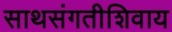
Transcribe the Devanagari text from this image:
साथसंगतीशिवाय